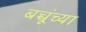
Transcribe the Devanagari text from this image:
बच्चूंच्या